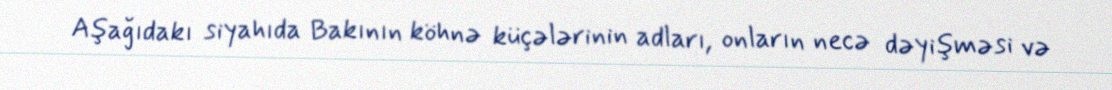
Aşağıdakı siyahıda Bakının köhnə küçələrinin adları, onların necə dəyişməsi və